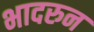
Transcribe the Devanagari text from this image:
भादरुन